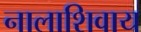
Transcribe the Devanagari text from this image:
नालाशिवाय